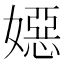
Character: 𡢇